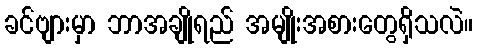
ခင်ဗျားမှာ ဘာအချိုရည် အမျိုးအစားတွေရှိသလဲ။